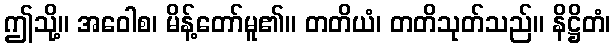
ဤသို့။ အဝေါစ၊ မိန့်တော်မူ၏။ တတိယံ၊ တတိသုတ်သည်။ နိဋ္ဌိတံ၊